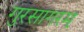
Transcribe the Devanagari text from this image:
गुरसागरम्